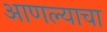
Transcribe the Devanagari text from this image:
आणल्याचा